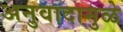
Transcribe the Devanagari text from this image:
अनुवादामुळे